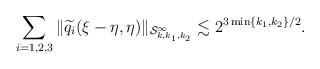
LaTeX: \begin{align*}\sum_{i=1,2,3}\|\widetilde{q}_i(\xi-\eta, \eta)\|_{\mathcal{S}^\infty_{k,k_1,k_2}} \lesssim 2^{3\min\{k_1,k_2\}/2 }.\end{align*}